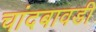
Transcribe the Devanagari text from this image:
चांदबावडी